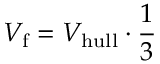
V _ { \mathrm { f } } = V _ { \mathrm { h u l l } } \cdot \frac { 1 } { 3 }